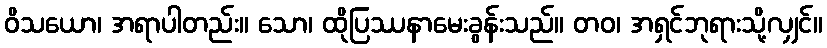
ဝိသယော၊ အရာပါတည်း။ သော၊ ထိုပြဿနာမေးခွန်းသည်။ တဝ၊ အရှင်ဘုရားသို့လျှင်။